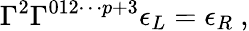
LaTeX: \Gamma^{2}\Gamma^{012\cdots p+3}\epsilon_{L}=\epsilon_{R}\ ,